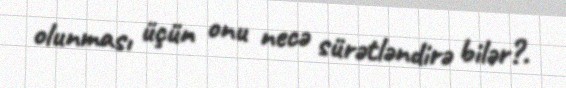
olunması üçün onu necə sürətləndirə bilər?.